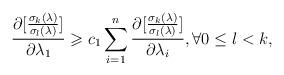
LaTeX: \begin{align*}\frac{{\partial [\frac{{\sigma _k (\lambda )}}{{\sigma _l (\lambda )}}]}}{{\partial \lambda _1 }} \geqslant c_1\sum\limits_{i = 1}^n {\frac{{\partial [\frac{{\sigma _k (\lambda )}}{{\sigma _l (\lambda )}}]}}{{\partial \lambda _i }}}, \forall 0 \leq l < k,\end{align*}